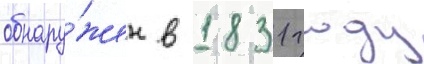
обнару́жен в 1831 году